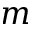
m